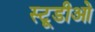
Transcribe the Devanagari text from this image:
स्टूडीओ